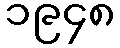
၁၉၄၈